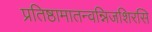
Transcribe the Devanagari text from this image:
प्रतिष्ठामातन्वन्निजशिरसि